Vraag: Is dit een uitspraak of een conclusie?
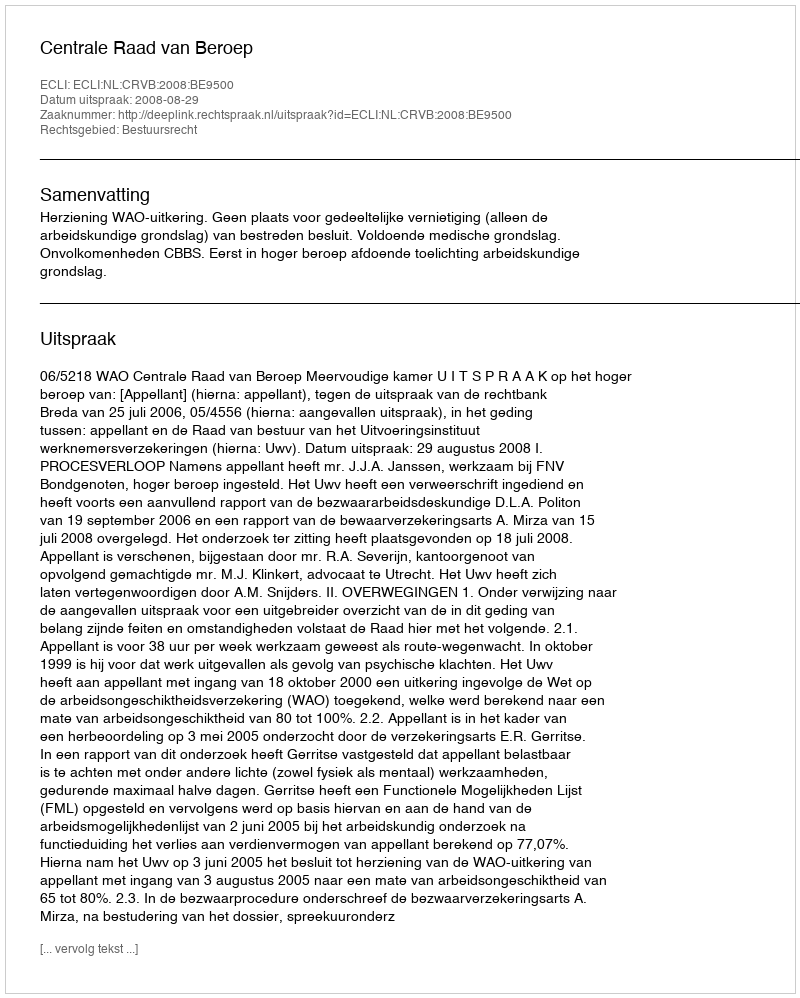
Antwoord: Uitspraak